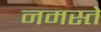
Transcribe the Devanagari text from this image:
नमस्‍ते